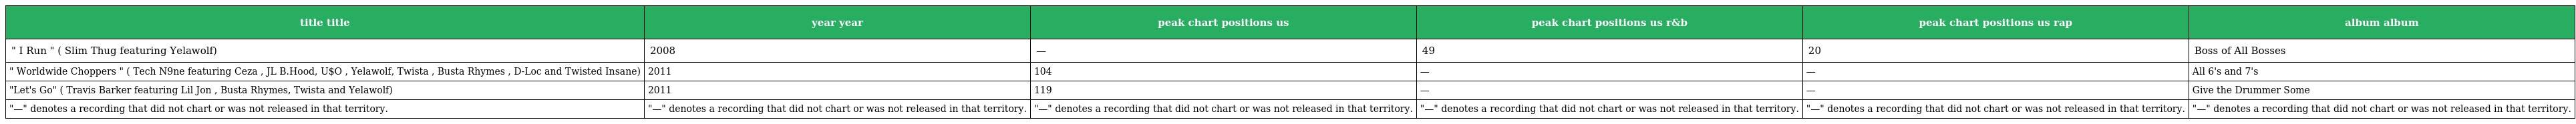
| title title | year year | peak chart positions us | peak chart positions us r&b | peak chart positions us rap | album album |
 | --- | --- | --- | --- | --- | --- |
 | " I Run " ( Slim Thug featuring Yelawolf) | 2008 | — | 49 | 20 | Boss of All Bosses |
 | " Worldwide Choppers " ( Tech N9ne featuring Ceza , JL B.Hood, U$O , Yelawolf, Twista , Busta Rhymes , D-Loc and Twisted Insane) | 2011 | 104 | — | — | All 6's and 7's |
 | "Let's Go" ( Travis Barker featuring Lil Jon , Busta Rhymes, Twista and Yelawolf) | 2011 | 119 | — | — | Give the Drummer Some |
 | "—" denotes a recording that did not chart or was not released in that territory. | "—" denotes a recording that did not chart or was not released in that territory. | "—" denotes a recording that did not chart or was not released in that territory. | "—" denotes a recording that did not chart or was not released in that territory. | "—" denotes a recording that did not chart or was not released in that territory. | "—" denotes a recording that did not chart or was not released in that territory. |